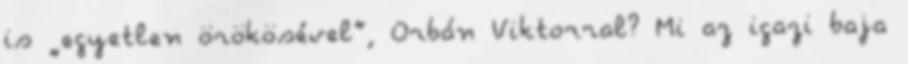
is „egyetlen örökösével”, Orbán Viktorral? Mi az igazi baja